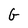
Character: G